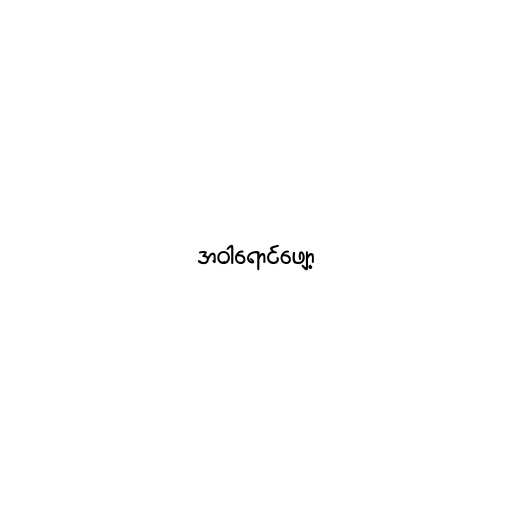
အဝါရောင်ဖျော့